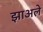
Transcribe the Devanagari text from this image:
झाअले